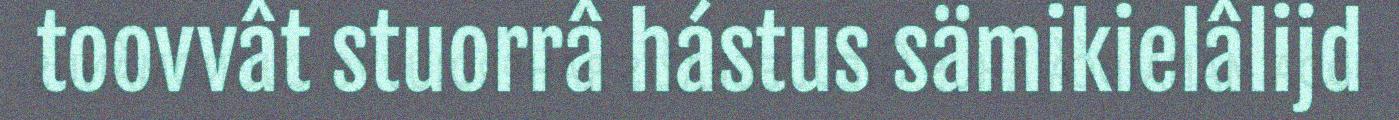
toovvât stuorrâ hástus sämikielâlijd